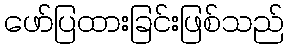
ဖော်ပြထားခြင်းဖြစ်သည်